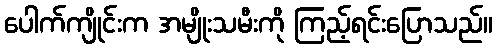
ပေါက်ကျိုင်းက အမျိုးသမီးကို ကြည့်ရင်းပြောသည်။